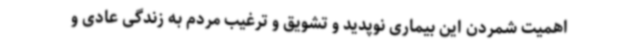
اهمیت شمردن این بیماری نوپدید و تشویق و ترغیب مردم به زندگی عادی و